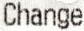
CHANGE